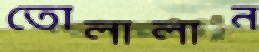
তোলালান